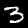
Label: 3